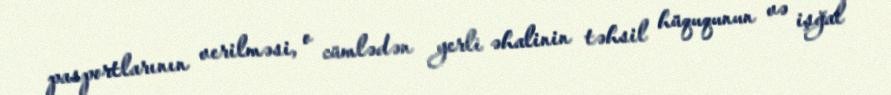
pasportlarının verilməsi, o cümlədən yerli əhalinin təhsil hüququnun və işğal